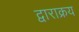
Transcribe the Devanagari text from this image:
द्वाराक्रय